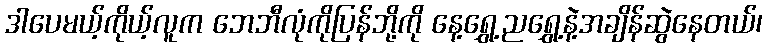
ဒါပေမယ့်ကိုယ့်လူက ဘေဘီလုံကိုပြန်ဘို့ကို နေ့ရွှေ့ညရွှေ့နဲ့အချိန်ဆွဲနေတယ်၊